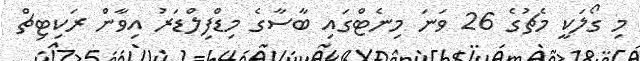
މި ގޯލަކީ މެޗުގެ 26 ވަނަ މިނެޓްގައި ބާސާގެ މިޑްފިލްޑަރު އިވާން ރަކިޓިޗް